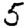
Digit: 5